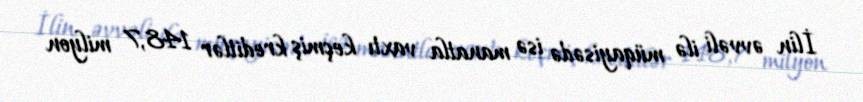
İlin əvvəli ilə müqayisədə isə manatla vaxtı keçmiş kreditlər 148,7 milyon